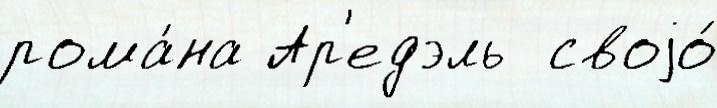
рома́на Ар'едэль  своjо́